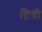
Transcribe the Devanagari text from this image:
टिची